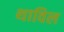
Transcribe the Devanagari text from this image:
थाविल